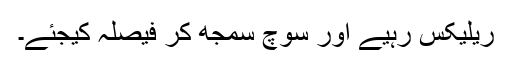
ریلیکس رہیے اور سوچ سمجھ کر فیصلہ کیجئے۔